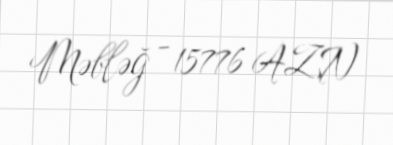
Məbləğ - 15776 AZN